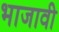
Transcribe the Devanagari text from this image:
भाजावी